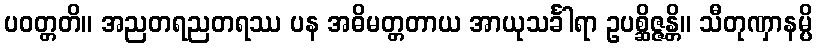
ပဝတ္တတိ။ အညတရညတရဿ ပန အဓိမတ္တတာယ အာယုသင်္ခါရာ ဥပစ္ဆိဇ္ဇန္တိ။ သီတုဏှာနမ္ပိ